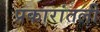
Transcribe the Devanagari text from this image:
प्रकारांतली